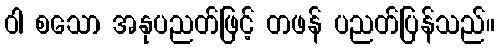
ဝါ စသော အနုပညတ်ဖြင့် တဖန် ပညတ်ပြန်သည်။